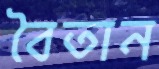
বৈতান